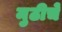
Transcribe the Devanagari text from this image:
मुठीचे